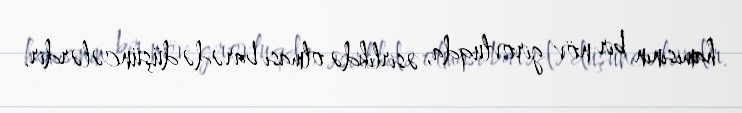
hamısının bir növ girovluqda, əsirlikdə olması barədə düşüncələrdir.